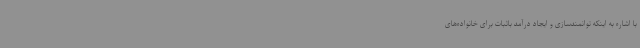
با اشاره به اینکه توانمندسازی و ایجاد درآمد باثبات برای خانواده‌های